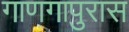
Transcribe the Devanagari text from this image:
गाणगापुरास